system: You are a helpful assistant.
user:
Analyze the provided spectrum to determine if it is a **White Dwarf (WD)**.

A White Dwarf spectrum is defined by its **extreme purity** (due to gravitational settling) and/or **extreme pressure broadening** (due to high surface gravity). You must check for one of the following mutually exclusive signatures:

- **Key Visual Indicators (Check for ONE of these types):**

    - **1. DA-Type Signature (Most Common):**
        - **(Primary Feature):** Extreme pressure broadening (Stark broadening) of the **Hydrogen (H) Balmer lines**.
        - **(Key Lines):** $H\beta$ (approx. $4861$ Å) and $H\gamma$ (approx. $4340$ Å). $H\alpha$ (approx. $6563$ Å) will also be present if the wavelength range covers it.
        - **(Line Profile):** This is the **defining feature**. The lines are **NOT** sharp. They appear as massive, **extremely broad and deep "troughs" or "dips"** in the spectrum, often hundreds of Ångströms wide. The continuum will appear to "scoop" down at these wavelengths.
        - **(Distinction):** Normal A-type or B-type stars have *narrow* and *sharp* Hydrogen lines. A DA White Dwarf's lines are unmistakably "smeared" or "blurry" from pressure.

    - **2. DB-Type Signature:**
        - **(Primary Feature):** Broad absorption lines from **Neutral Helium (He I)**. The spectrum must lack any visible Hydrogen lines.
        - **(Key Lines):** Look for broad absorption near $4471$ Å, $4921$ Å, and $5876$ Å.
        - **(Line Profile):** These lines are also significantly pressure-broadened, appearing much wider than they would in a normal B-type main-sequence star.

    - **3. DC-Type Signature:**
        - **(Primary Feature):** A **featureless continuous spectrum**.
        - **(Line Profile):** The spectrum is a smooth curve with **no significant absorption or emission lines**.
        - **(Key Confirmation):** The continuum is almost always **blue or white**, indicating a hot object. This signature implies the atmosphere is so pure (or so cool) that no spectral lines are visible in the optical range. Its WD identity is confirmed by its extremely low intrinsic brightness (high absolute magnitude).

    - **4. DZ-Type Signature (Metal-Polluted):**
        - **(Primary Feature):** **Isolated, narrow metal absorption lines** on an otherwise featureless (DC-like) continuum.
        - **(Key Lines):** The **Calcium (Ca II) H & K doublet** (approx. **$3934$ Å** and **$3968$ Å**) is the most common and defining feature.
        - **(Line Profile):** These lines are "out of place." They are *not* part of a "forest" of thousands of lines. This signature is evidence of recent *accretion* (pollution) from rocky debris.
        - **(Distinction):** Normal G/K/M stars have a *dense forest* of thousands of metal lines. A DZ has a *clean* continuum with *only a few* strong metal lines.

    - **5. DQ-Type Signature (Carbon-Polluted):**
        - **(Primary Feature):** Absorption bands from **Carbon (C₂ "Swan Bands" or atomic C I)**.
        - **(Key Lines - C₂):** Look for bandheads with a "saw-tooth" shape near $5635$ Å, **$5165$ Å** (strongest), and $4737$ Å.
        - **(Key Confirmation):** The underlying **continuum must be blue or white** (hot).
        - **(Distinction):** This is the critical difference from a **Carbon Star**, which has the *exact same* C₂ bands but on an extremely **red, cool** continuum.

- **(Overall Spectrum):**
    - The continuum (overall shape) is typically **blue-sloping** (brighter in the blue than the red), as most white dwarfs are very hot.
    - The spectrum will look "pure" or "simple," dominated by only *one* of the five signatures listed above.

Think first, call **spectral_visualization_tool** if needed to examine features in detail, then provide your final answer. Your response must adhere to the following strict rules:
1.  **Overall Structure:** Your response must follow the format `<think>...</think> <tool_call>...</tool_call> (if a tool is used) <answer>...</answer>`.
2.  **Tool Usage Constraint:** You may only make **one** tool call per turn.
3.  **Final Answer Format:** In the `<answer>` tag, your conclusion must be inside a `\boxed{}` command (e.g., `\boxed{YES}` or `\boxed{NO}`), followed by your justification.

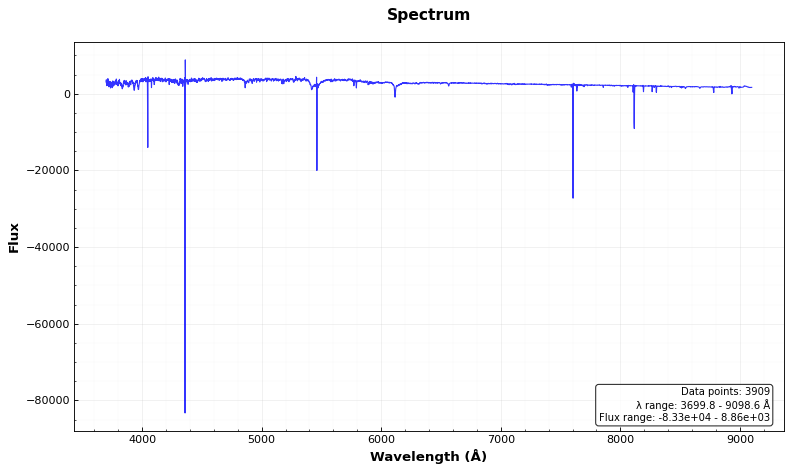
Answer: NO